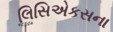
લિસિએકસના